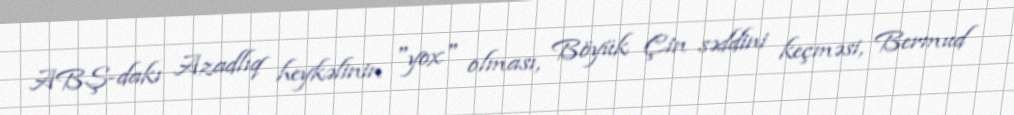
ABŞ-dakı Azadlıq heykəlinin "yox" olması, Böyük Çin səddini keçməsi, Bermud